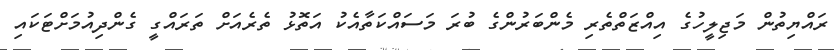
ރައްޔިތުން މަޖިލީހުގެ އިއްޒަތްތެރި މެންބަރުންގެ ބުރަ މަސައްކަތާއެކު އަތޮޅު ތެރެއަށް ތަަރައްގީ ގެންދިއުމަށްޓަކައި